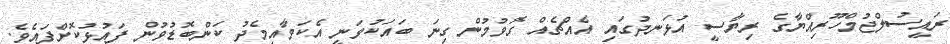
ރައީސުލްޖުމްހޫރިއްޔާގެ ރިޔާސީ އުޅަނދުގައި އެއްޗެއް ގޮވުމުން ގިނަ ބައަކުވަނީ އެކަމާއިމެދު ކަންބޮޑުވުން ފައުޅުކޮށްފައެވެ.